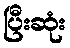
ပြီးဆုံး